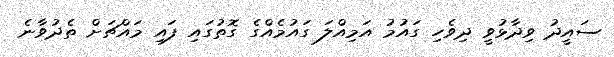
ސައީދު ވިދާޅުވީ ދިވެހި ގައުމު އަމިއްލަ ގައުމެއްގެ ގޮތުގައި ފައި މައްޗަށް ތެދުވާނެ